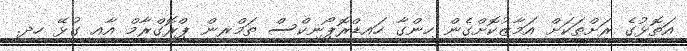
އަތޮޅުގެ ރަށްތަކަށް އަމާޒުކޮށްގެން ހިންގާ ހައިޑްރޮޕޯނިކްސް ތަމްރީން ޕްރޮގްރާމް އާއި ގުޅޭ ހދ.